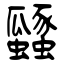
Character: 瓥